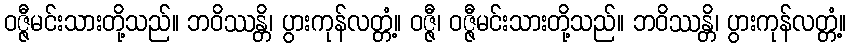
ဝဇ္ဇီမင်းသားတို့သည်။ ဘဝိဿန္တိ၊ ပွားကုန်လတ္တံ့။ ဝဇ္ဇီ၊ ဝဇ္ဇီမင်းသားတို့သည်။ ဘဝိဿန္တိ၊ ပွားကုန်လတ္တံ့။